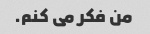
من فکر می کنم.